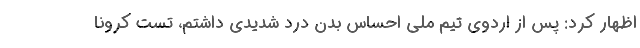
اظهار کرد: پس از اردوی تیم ملی احساس بدن درد شدیدی داشتم، تست کرونا